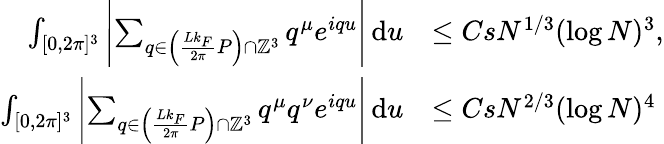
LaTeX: \begin{array}{rl}{\int_{[0,2\pi]^{3}}\left\vert\sum_{q\in\left(\frac{Lk_{F}}{2\pi}P\right)\cap\mathbb{Z}^{3}}q^{\mu}e^{iqu}\right\vert\, \textnormal{d}u}&{\leq CsN^{1/3}(\log N)^{3},}\\ {\int_{[0,2\pi]^{3}}\left\vert\sum_{q\in\left(\frac{Lk_{F}}{2\pi}P\right)\cap\mathbb{Z}^{3}}q^{\mu}q^{\nu}e^{iqu}\right\vert\, \textnormal{d}u}&{\leq CsN^{2/3}(\log N)^{4}}\end{array}